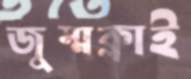
জুম্মক্লাই